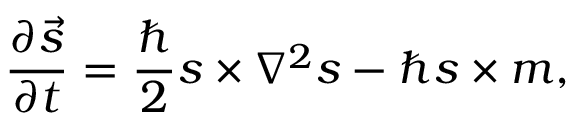
\frac { \partial \vec { s } } { \partial t } = \frac { \hbar } { 2 } \boldsymbol { s } \times \nabla ^ { 2 } \boldsymbol { s } - \hbar \boldsymbol { s } \times \boldsymbol { m } ,